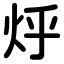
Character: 烀